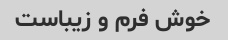
خوش فرم و زیباست